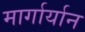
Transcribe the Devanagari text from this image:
मार्गार्यान